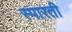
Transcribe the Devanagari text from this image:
स्पारती